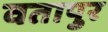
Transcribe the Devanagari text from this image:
वतापुर